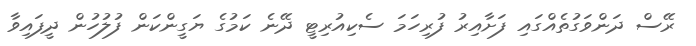
ރޭސް ދަންވަގުތެއްގައި ފަށާއިރު ފުރިހަމަ ސެކިއުރިޓީ ދޭނެ ކަމުގެ ޔަގީންކަން ފުލުހުން ދީފައިވާ